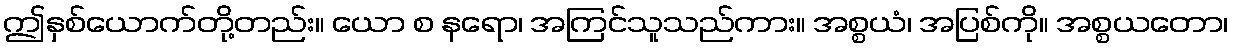
ဤနှစ်ယောက်တို့တည်း။ ယော စ နရော၊ အကြင်သူသည်ကား။ အစ္စယံ၊ အပြစ်ကို။ အစ္စယတော၊